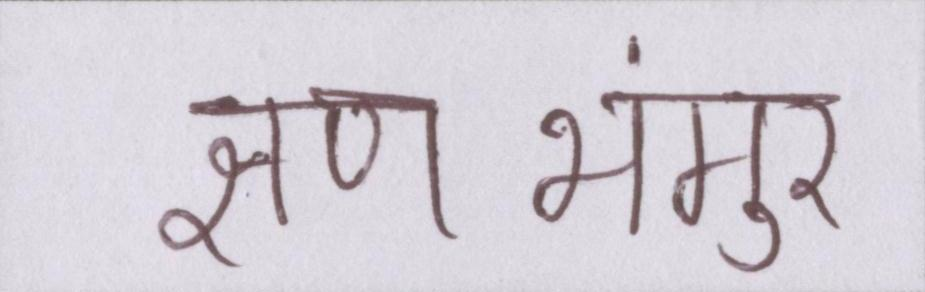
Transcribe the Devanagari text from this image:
क्षणभंगुर